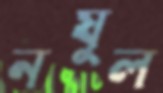
নযুল